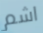
اشم